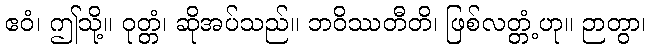
ဧဝံ၊ ဤသို့။ ဝုတ္တံ၊ ဆိုအပ်သည်။ ဘဝိဿတီတိ၊ ဖြစ်လတ္တံ့ဟု။ ဉာတွာ၊